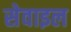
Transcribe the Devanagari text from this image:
सेवाइल